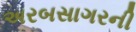
અરબસાગરની